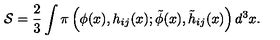
{ \mathcal { S } } = \frac { 2 } { 3 } \int \pi \left( \phi ( x ) , h _ { i j } ( x ) ; \tilde { \phi } ( x ) , \tilde { h } _ { i j } ( x ) \right) d ^ { 3 } x .